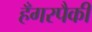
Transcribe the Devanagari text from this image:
हँगरपैकी